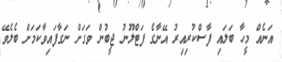
އަނެއް މީހާ ބަލައި ފާސްކުރިއިރު އޭނާގެ ފަޓްލޫނު ޖީބުން ވަގަށް ނަގާފައިވާކަމަށް ބެލެވޭ